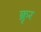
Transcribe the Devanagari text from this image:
क्रृर